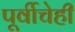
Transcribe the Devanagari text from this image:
पूर्वीचेही